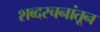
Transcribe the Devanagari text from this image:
शब्दरचनांतून